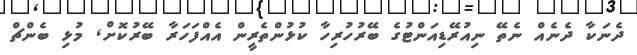
ދެނަކާ ދެނެއް ނެތޭ ނިއުރޭޑިއަންޓުގެ ބޭރުހުރިހާ ކުޅުންތެރީން އެއްފަހަރާ ބޭރުކޮށް